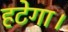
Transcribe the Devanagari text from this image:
हटेगा।